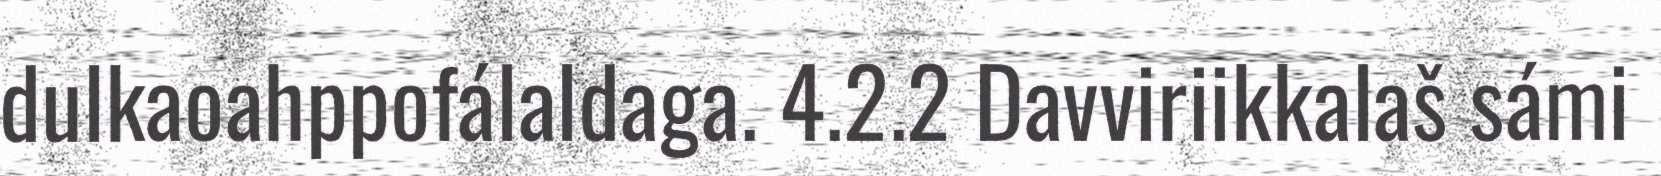
dulkaoahppofálaldaga. 4.2.2 Davviriikkalaš sámi